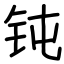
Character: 钝